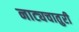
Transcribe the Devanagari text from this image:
नाट्यचातुरी